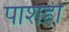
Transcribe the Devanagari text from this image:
पाशही